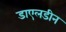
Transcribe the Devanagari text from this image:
डाएलडीन